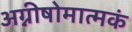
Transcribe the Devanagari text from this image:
अग्नीषोमात्मकं